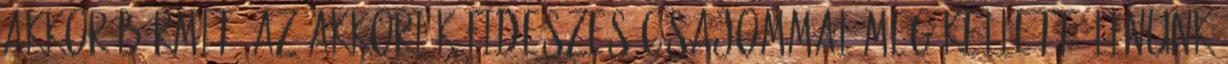
akkor bármit. Az akkori kőfideszes csajommal meg kellett állnunk